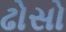
ઢોસો